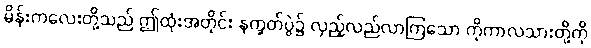
မိန်းကလေးတို့သည် ဤထုံးအတိုင်း နက္ခတ်ပွဲ၌ လှည့်လည်လာကြသော ကိုကာလသားတို့ကို